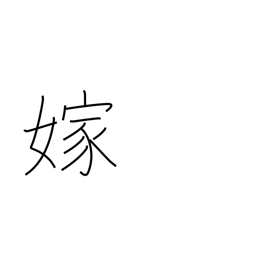
Meaning: marry into